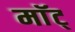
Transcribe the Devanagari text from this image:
माॅट्